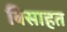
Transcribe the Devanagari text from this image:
बिसाहत